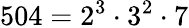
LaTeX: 504=2^{3}\cdot 3^{2}\cdot 7